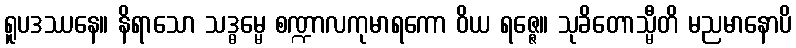
ရူပဒဿနေ။ နိရာသော သဒ္ဓမ္မေ စဏ္ဍာလကုမာရကော ဝိယ ရဇ္ဇေ။ သုခိတောသ္မီတိ မညမာနောပိ